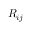
R _ { i j }